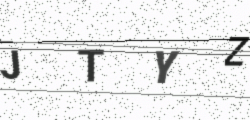
Text: JTYZ